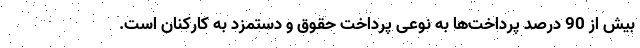
بیش از 90 درصد پرداخت‌ها به نوعی پرداخت حقوق و دستمزد به کارکنان است.